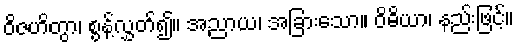
ဝိဇဟိတွာ၊ စွန့်လွှတ်၍။ အညာယ၊ အခြားသော။ ဝိဓိယာ၊ နည်းဖြင့်။